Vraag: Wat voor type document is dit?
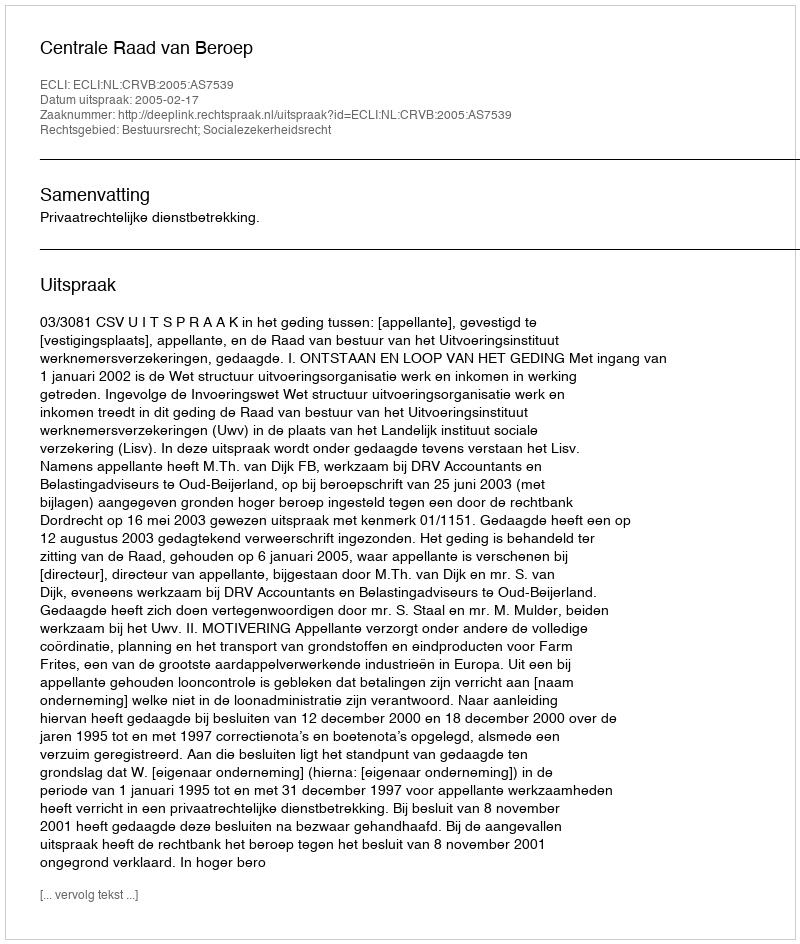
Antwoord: Uitspraak